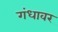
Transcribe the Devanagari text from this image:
गंधावर